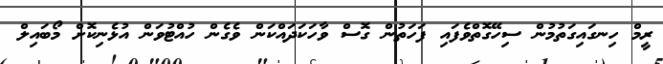
ރީމް ހިނގައިގަތުމުން ސިހޭގޮތްވެފައި ފަހަތުން ގޮސް ވާހަކަދައްކަން ވެގެން ހުއްޓުވަން އުޅެނިކޮށް މޯބައިލް